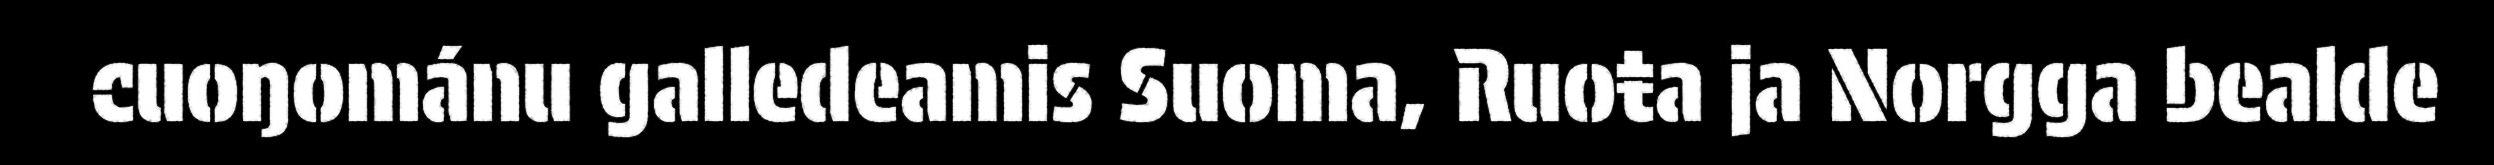
cuoŋománu galledeamis Suoma, Ruoŧa ja Norgga bealde